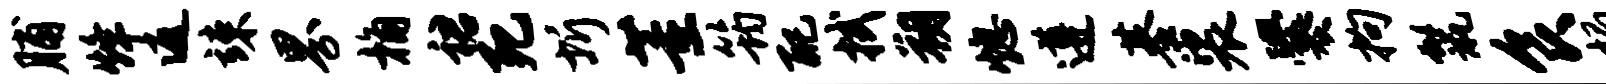
脯烽返竦界桷裙死圻董筠配拭朔熄遵基裟爨拘鬣食榻